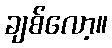
ချစ်လော့။